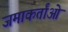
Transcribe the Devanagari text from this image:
जमाकर्तांओं